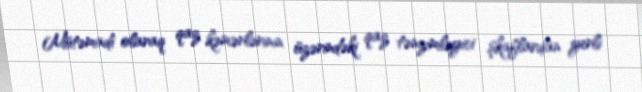
Mütəmadi olaraq qaz kəmərlərinin üzərindəki qaz tənzimləyici şkaflardan yerli